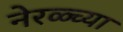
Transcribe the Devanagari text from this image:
नेरळ्च्या